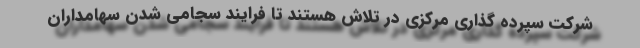
شرکت سپرده گذاری مرکزی در تلاش هستند تا فرایند سجامی شدن سهامداران